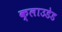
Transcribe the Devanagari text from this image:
क्लाउडेड